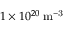
1 \times 1 0 ^ { 2 0 } \mathrm { \; m ^ { - 3 } }